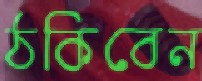
ঠকিবেন